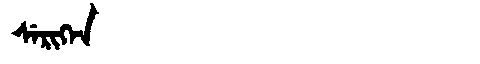
Manchu: ᠰᡝᡵᡳᡴᡝᠨ
Romanization: SERIKEN